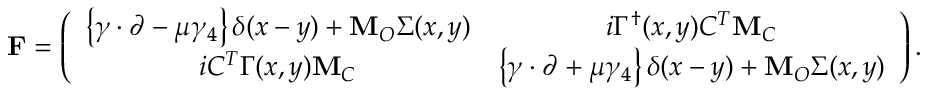
{ \bf F } = \left( \begin{array} { c c } { { \left\{ \gamma \cdot { \partial } - \mu \gamma _ { 4 } \right\} \delta ( x - y ) + { \bf M } _ { O } \Sigma ( x , y ) } } & { { i \Gamma ^ { \dagger } ( x , y ) C ^ { T } { \bf M } _ { C } } } \\ { { i C ^ { T } \Gamma ( x , y ) { \bf M } _ { C } } } & { { \left\{ \gamma \cdot { \partial } + \mu \gamma _ { 4 } \right\} \delta ( x - y ) + { \bf M } _ { O } \Sigma ( x , y ) } } \end{array} \right) .